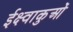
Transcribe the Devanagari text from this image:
ईक्ष्वाकुओं